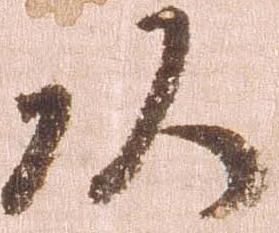
頭